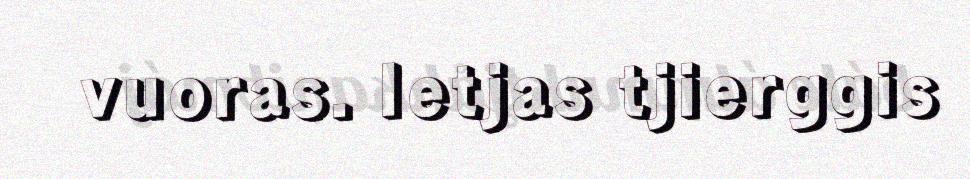
vuoras. Ietjas tjierggis